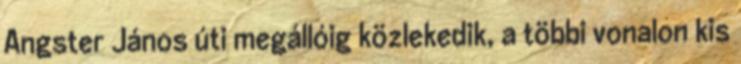
Angster János úti megállóig közlekedik, a többi vonalon kis